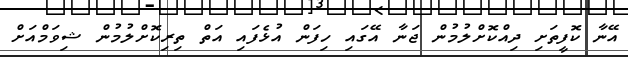
އޭނާ ކޮފީތަށި ދިއްކޮށްލުމުން ޖަނާ އޭގައި ހިފަން އުޅެފައި އަތް ތިރިކޮށްލުމުން ޝިވަމްއަށް